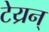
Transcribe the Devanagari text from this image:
टेय्रन्